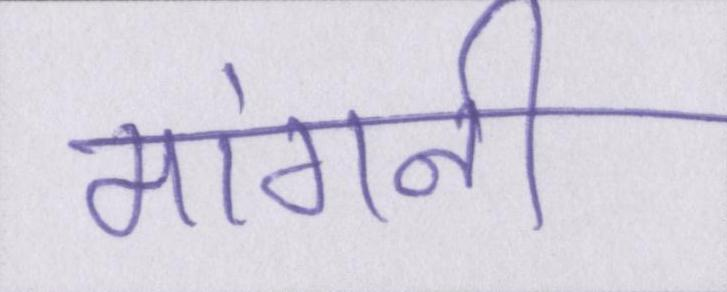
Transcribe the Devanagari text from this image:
मांगनी